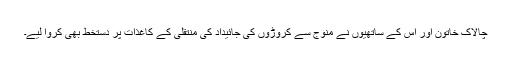
چالاک خاتون اور اس کے ساتھیوں نے منوج سے کروڑوں کی جائیداد کی منتقلی کے کاغذات پر دستخط بھی کروا لیے۔